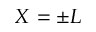
X = \pm L